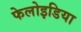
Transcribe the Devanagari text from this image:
फेलोइडिया